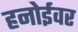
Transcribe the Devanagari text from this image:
हनोईवर